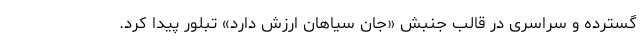
گسترده و سراسری در قالب جنبش «جان سیاهان ارزش دارد» تبلور پیدا کرد.